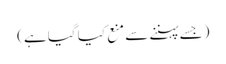
(جسے پہننے سے منع کیا گیا ہے)